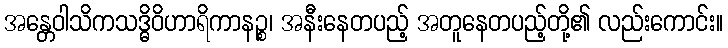
အန္တေဝါသိကသဒ္ဓိဝိဟာရိကာနဉ္စ၊ အနီးနေတပည့် အတူနေတပည့်တို့၏ လည်းကောင်း။